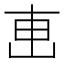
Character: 𠦟